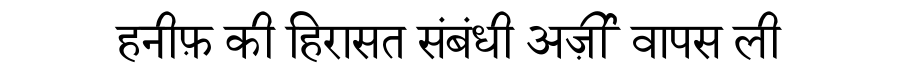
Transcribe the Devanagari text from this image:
हनीफ़ की हिरासत संबंधी अर्ज़ी वापस ली